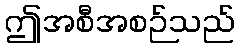
ဤအစီအစဉ်သည်